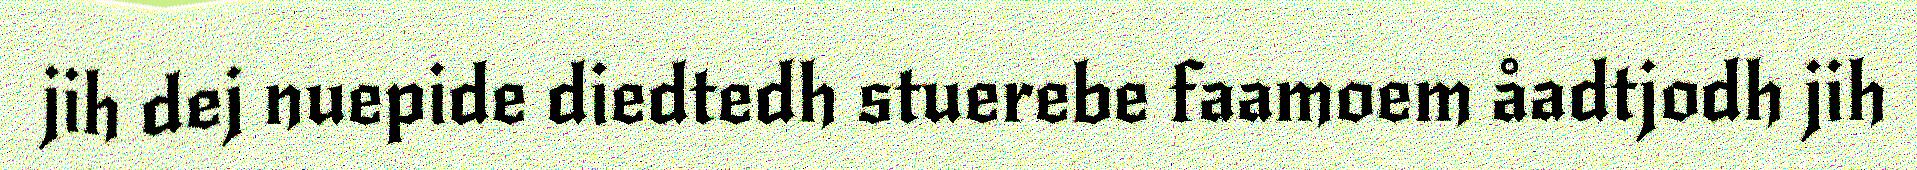
jih dej nuepide diedtedh stuerebe faamoem åadtjodh jih